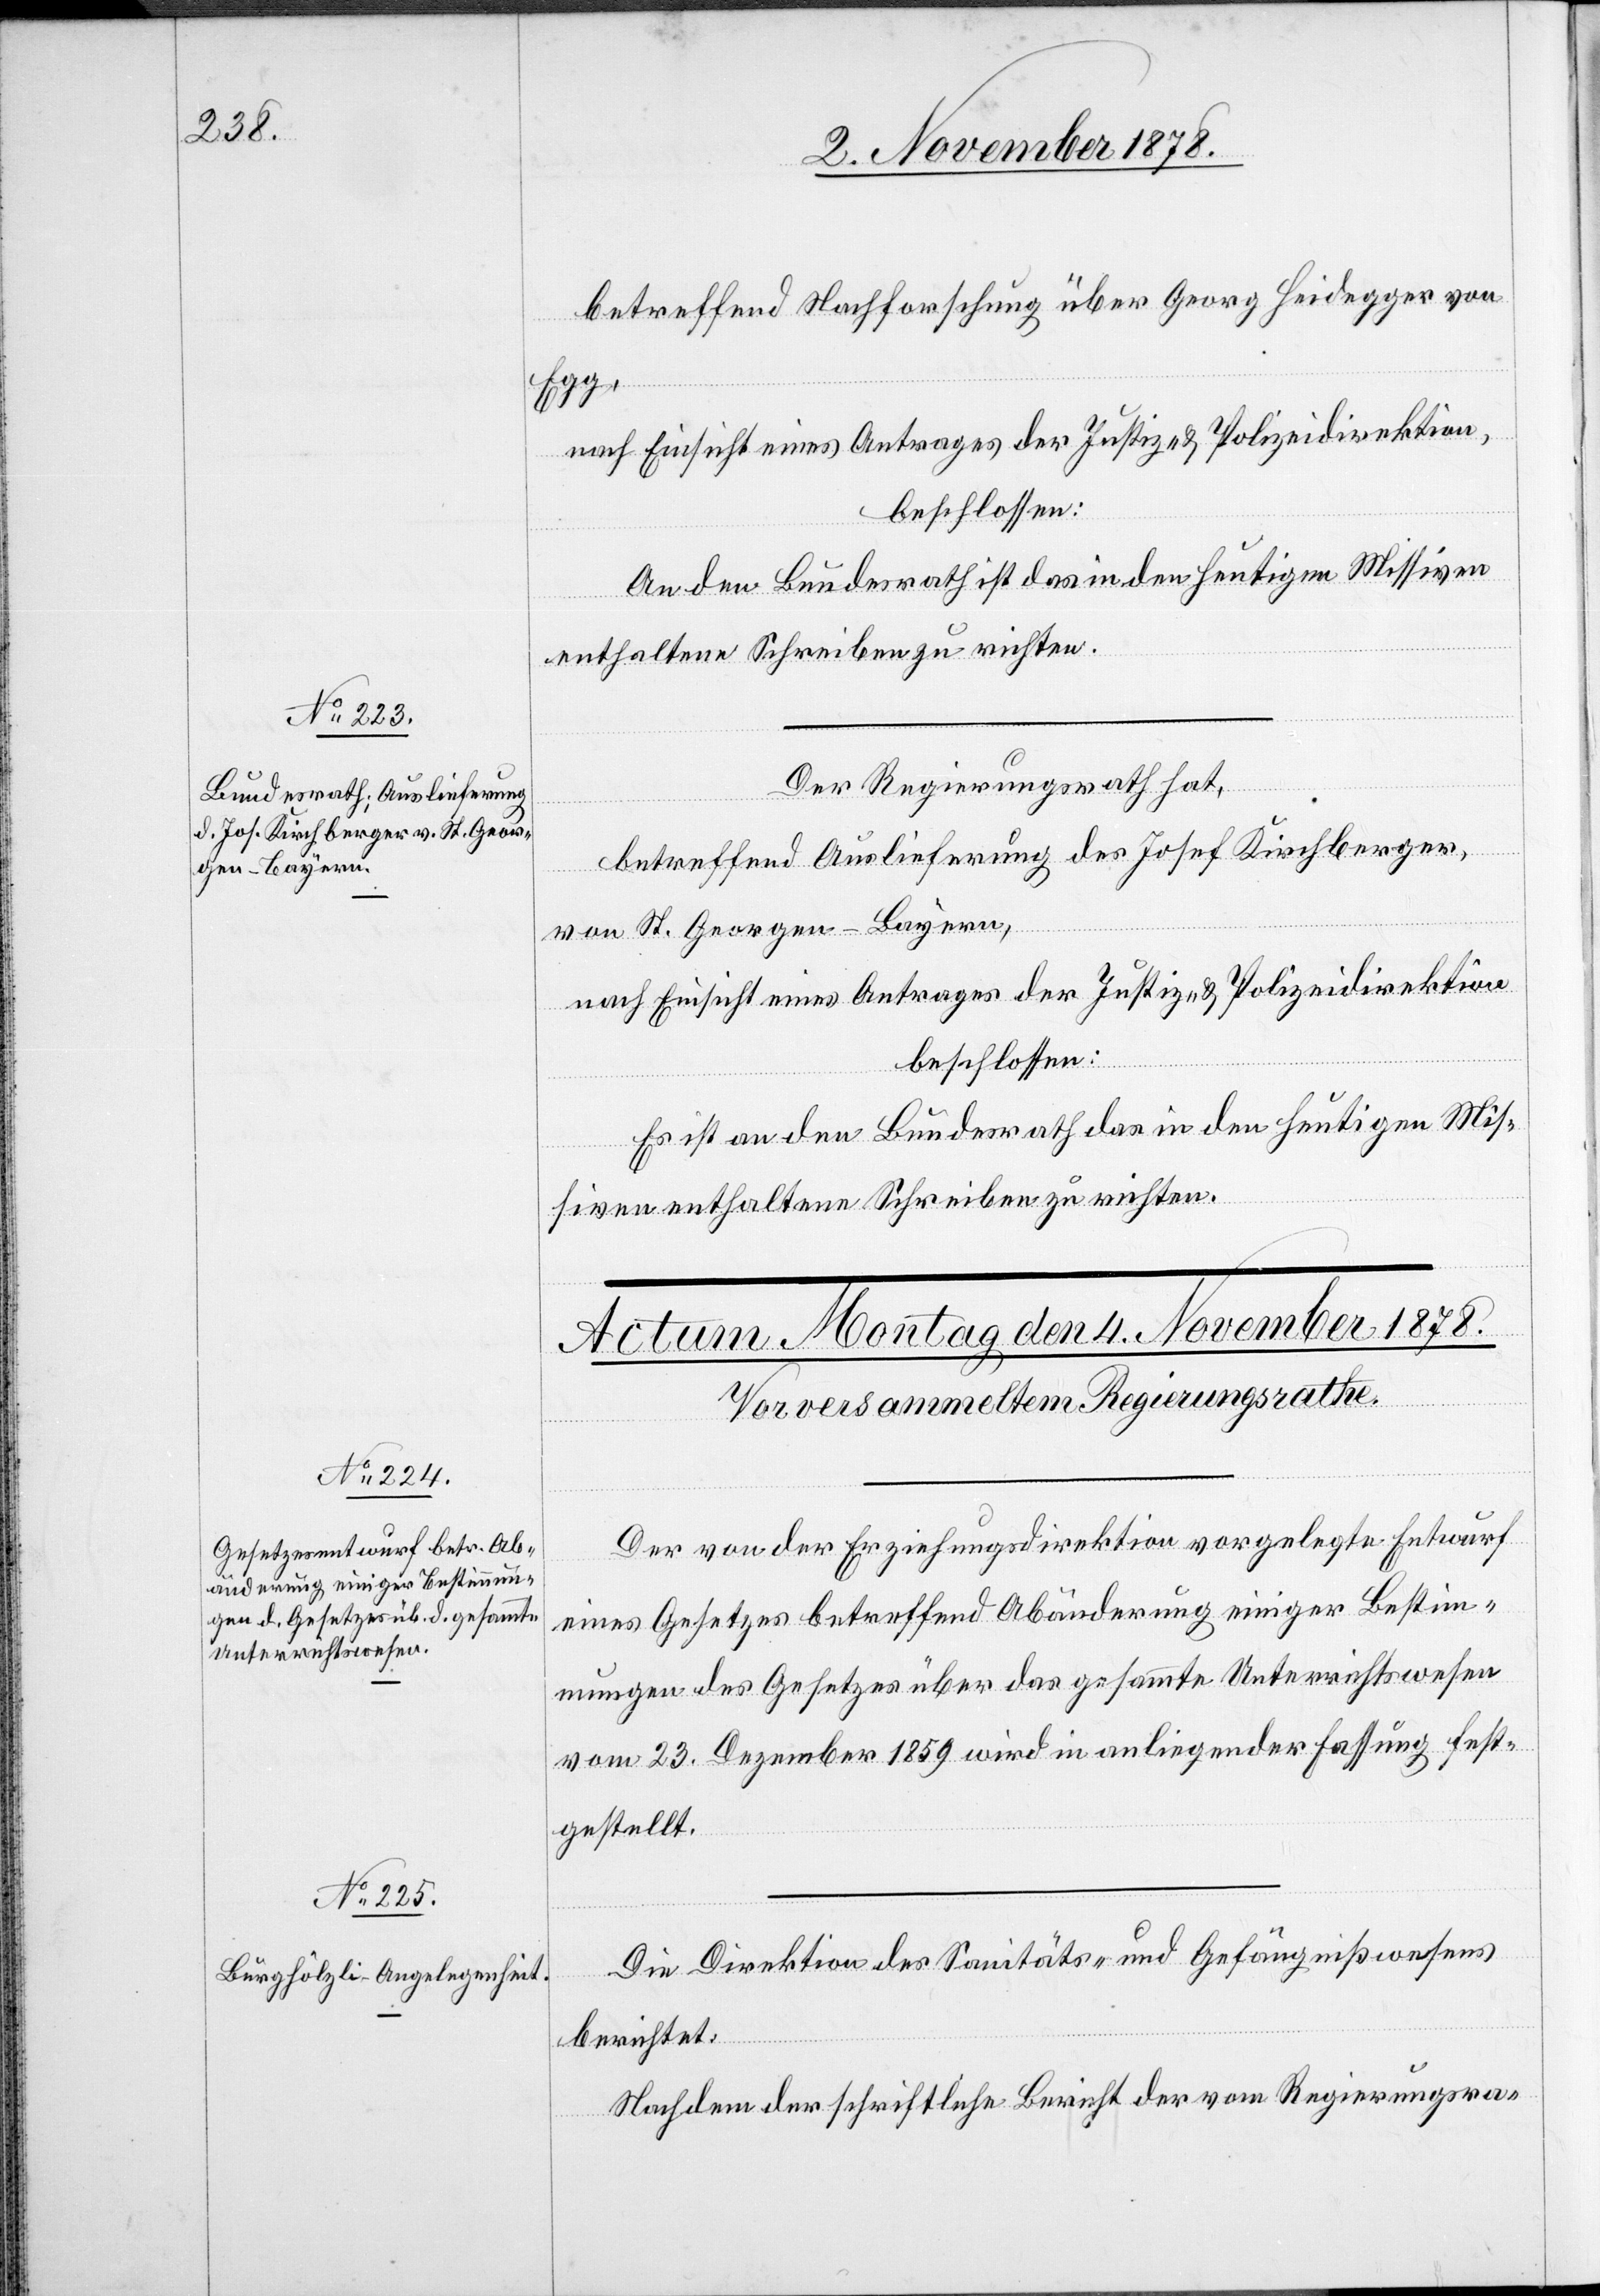
2. November 1878.]
betreffend Nachforschung über Georg Heidegger von
Egg,
nach Einsicht eines Antrages der Justiz- & Polizeidirektion,
beschlossen:
An den Bundesrath ist das in den heutigen Missiven
enthaltene Schreiben zu richten.
Der Regierungsrath hat,
betreffend Auslieferung des Josef Kirchberger,
von St. Georgen - Bayern,
nach Einsicht eines Antrages der Justiz- & Polizeidirektion,
beschlossen:
Es ist an den Bundesrath das in den heutigen Mis¬
siven enthaltene Schreiben zu richten.
Der von der Erziehungsdirektion vorgelegte Entwurf
eines Gesetzes betreffend Abänderung einiger Bestim¬
mungen des Gesetzes über das gesammte Unterrichtswesen
vom 23. Dezember 1859 wird in anliegender Fassung fest¬
gestellt.
Die Direktion des Sanitäts- und Gefängnißwesens
berichtet:
Nachdem der schriftliche Bericht der vom Regierungsra-